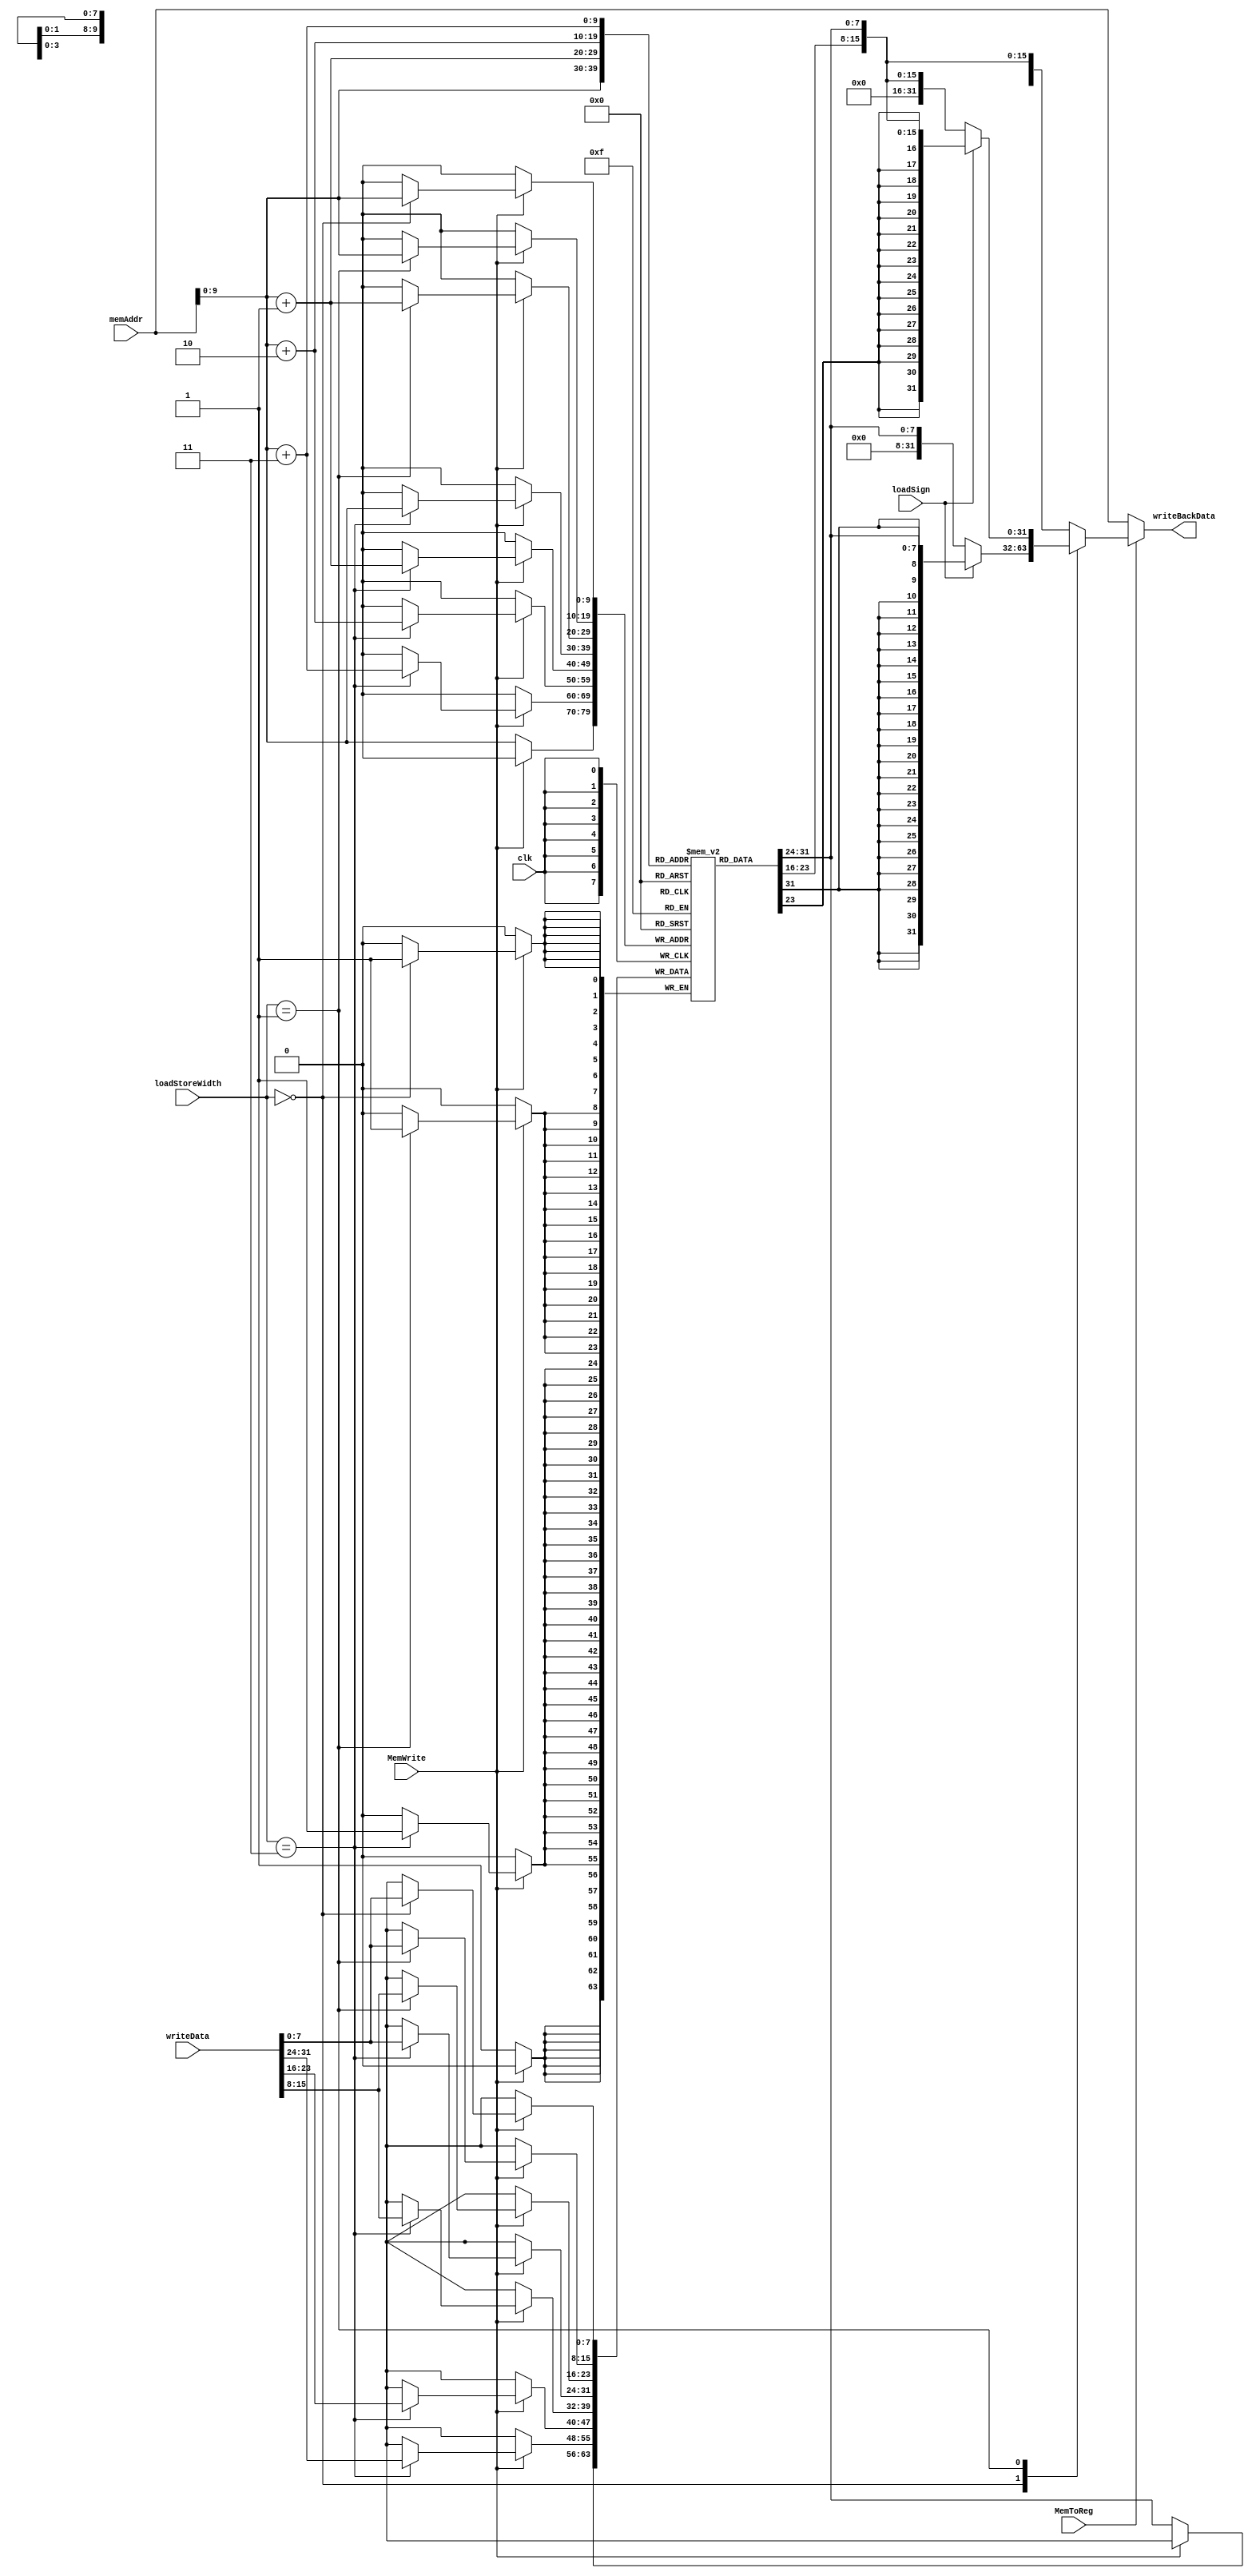
`timescale 1ns / 1ps


module DataMEM(
        input MemToReg, //ALU
        input MemWrite, //1
        input[1:0] loadStoreWidth , //
        input loadSign , //Load 1  0 
        input clk,
        input [31:0] memAddr,  // 
        input [31:0] writeData,  //rs2Value
        output reg[31:0] writeBackData  //
    );
    
//    initial begin 
//        writeBackData <= 32'b0;
//    end
    
    reg [7:0] ram [0:1023];     // reg10248
    
    reg [31:0] out;
    reg [31:0] outdata;

    
    always@(posedge clk) 
    begin
        $display("writeData: %d, memAddr:%d, MemWrite: %d,writeBackData:%d,MemToReg:%d",writeData, memAddr,MemWrite,writeBackData,MemToReg);
        if(MemWrite)  //
            begin
                case(loadStoreWidth )
                    2'b00: begin //
                        ram[memAddr] <= writeData[7:0];  
                        end
                    2'b01: begin //
                        ram[memAddr] <= writeData[7:0];  
                        ram[memAddr + 1] <= writeData[15:8]; 
                        end
                    2'b11: begin //
                        ram[memAddr] <= writeData[7:0];  
                        ram[memAddr + 1] <= writeData[15:8];     
                        ram[memAddr + 2] <= writeData[23:16];
                        ram[memAddr + 3] <= writeData[31:24];  
                        end
                    default:;
                    endcase
             end
        else
            ram[memAddr] <= ram[memAddr];
    end
    
    always@(*)
        begin
            out = {ram[memAddr + 3],ram[memAddr + 2],ram[memAddr + 1],ram[memAddr ]};

            case(loadStoreWidth )
                2'b00: begin //
                    outdata = loadSign ? {{24{out[7]}},out[7:0]} : {{24{1'b0}},out[7:0]};
                    end
                    
                2'b01: begin //
                    outdata = loadSign ? {{16{out[15]}},out[15:0]} : {{16{1'b0}},out[15:0]};
                     end
                    
                2'b11: begin //
                    outdata = out;
                    end
                default:
                    outdata = out;
            endcase
            writeBackData = MemToReg ? outdata : memAddr;
        end
  
    
endmodule